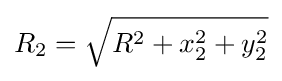
R_{2}={\sqrt {R^{2}+x_{2}^{2}+y_{2}^{2}}}